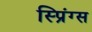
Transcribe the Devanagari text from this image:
स्प्रिंग्‍स